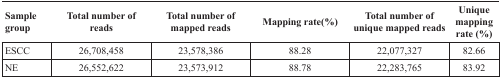
| Sample group | Total number of reads | Total number of mapped reads | Mapping rate(%) | Total number of unique mapped reads | Unique mapping rate (%) |
 | --- | --- | --- | --- | --- | --- |
 | ESCC | 26,708,458 | 23,578,386 | 88.28 | 22,077,327 | 82.66 |
 | NE | 26,552,622 | 23,573,912 | 88.78 | 22,283,765 | 83.92 |